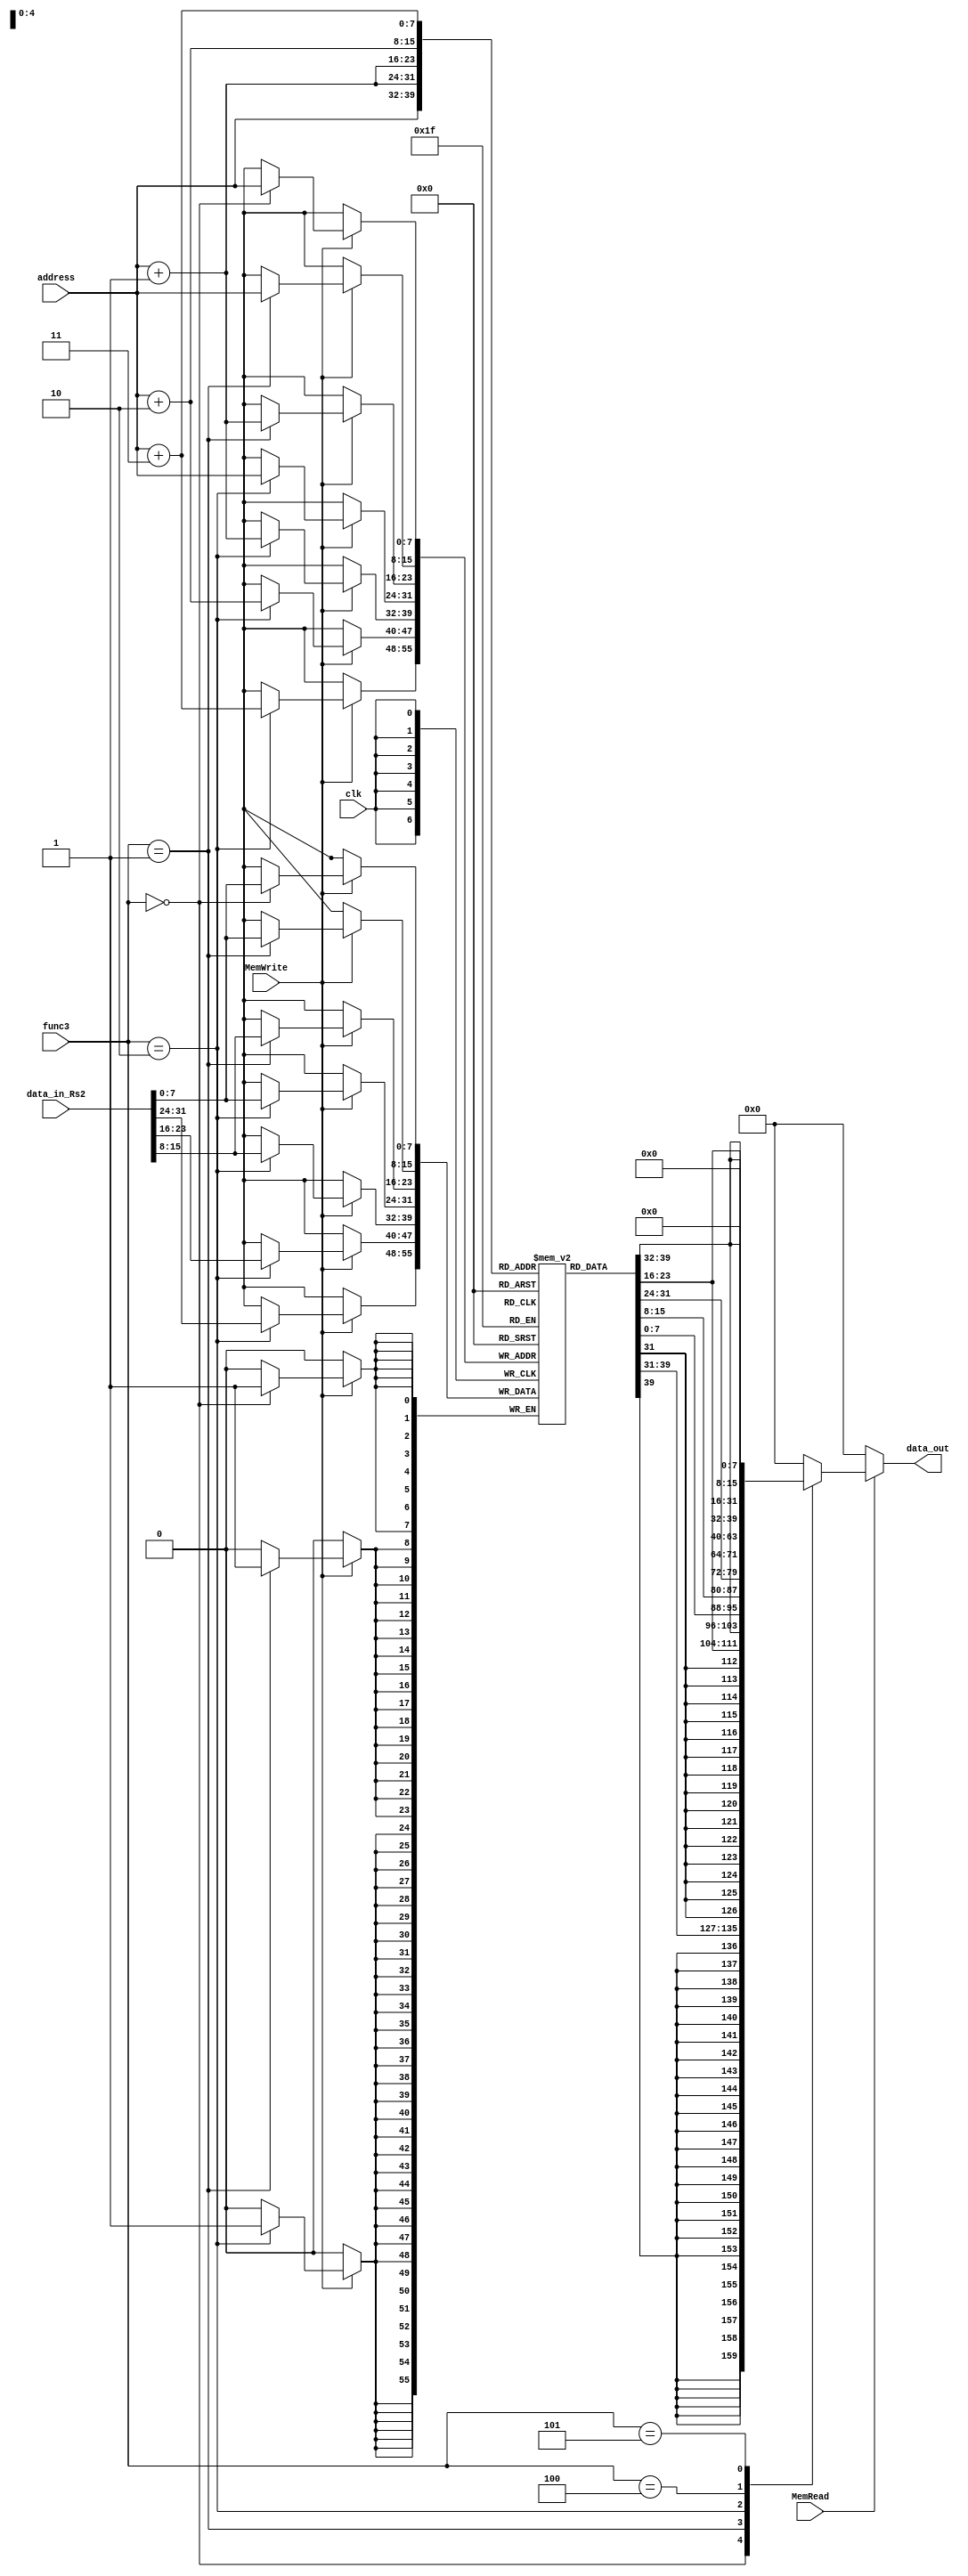
`timescale 1ns / 1ps
/*******************************************************************
*
* Module: module_Data_Memory.v
* Project: Archetchture_project
          Nada Badawy        900171975
          Mohamed Al-Awadly  900163100
* Description: this Module work only with memory 
*so we can store or load any thing frm the memory 
*also, here we can initialize some values in a specific memory location
*
* Change history: 03/10/19  creat the module
* 28/10/19  Edit the module 
*
**********************************************************************/

module DataMem (
input clk, 
input MemRead, 
input MemWrite,
input [7:0] address,
input [2:0] func3 , 
input [31:0] data_in_Rs2, 
output reg [31:0] data_out);


 reg [7:0] mem [0:255];
 wire [7:0] transition_out1, transition_out2;
 wire [7:0] byte1;    
 wire [7:0] byte2;
 wire [7:0] byte3;
 wire last_byte8,last_byte16;
 assign transition_out1 = mem[address];
 assign transition_out2 = mem[address+1];

 assign byte1= address +1;
 assign byte2= address +2; 
 assign byte3= address +3;
assign last_byte8 = transition_out1[7];
assign last_byte16 = transition_out2[7];

initial begin
 mem [0]= 8'd2;
 mem [1]= 8'd0;
 mem [2]= 8'd0;
 mem [3]= 8'd0;
 
 mem [4]= 8'd3;
 mem [5]= 8'd0;
 mem [6]= 8'd0;
 mem [7]= 8'd0;
 
mem [8]= 8'd0;
mem [9]= 8'd0;
mem [10]= 8'd0;
mem [11]= 8'd0;

mem [12]= 8'd0;
mem [13]= 8'd0;
mem [14]= 8'd0;
mem [15]= 8'd0;
 
end 
 
 always @(posedge clk)
 begin
 if (MemWrite)
 begin 
  case(func3)
  3'b000: mem[address] = data_in_Rs2[7:0];    //SB
  
  3'b001: begin 
  mem[address] = data_in_Rs2[7:0];   //SH
  mem[byte1] = data_in_Rs2[15:8];
  end 
  
  3'b010:begin
  mem[address] = data_in_Rs2[7:0];       //Sw 
  mem[byte1] = data_in_Rs2[15:8];
  mem[byte2] = data_in_Rs2[23:16];
  mem[byte3] = data_in_Rs2[31:24];
   end 
  endcase
  end 
  end

always @(*)
begin
if (MemRead)
begin 
 case(func3)
 3'b000: data_out = {{24{last_byte8}}, {mem[address]}};    //lB
 3'b001: data_out = {{16{last_byte16}},mem[byte1], mem[address]};    //LH
 3'b010: data_out = {mem[address+3], mem[address+2],mem[address+1], mem[address]};       //lw 
 3'b100: data_out= {24'b0, mem[address]};     //LBU
 3'b101: data_out= {16'b0,mem[byte1], mem[address]};  // LHU
 default: data_out=0;
 endcase
 end  
 else data_out=0;
 end 
endmodule